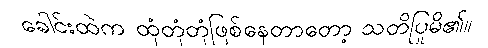
ခေါင်းထဲက ထုံတုံတုံဖြစ်နေတာတော့ သတိပြုမိ၏။